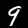
Label: 9